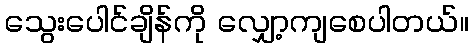
သွေးပေါင်ချိန်ကို လျှော့ကျစေပါတယ်။